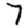
Digit: 7